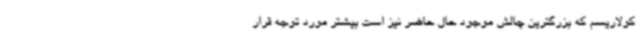
کولاریسم که بزرگترین چالش موجود حال حاضر نیز است بیشتر مورد توجه قرار